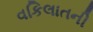
વકિલાતની